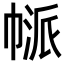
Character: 𢄃